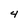
Character: 4